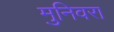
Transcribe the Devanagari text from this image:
मुनिवरा